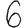
Digit: 6